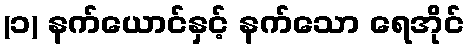
(၁) နက်ယောင်နှင့် နက်သော ရေအိုင်